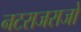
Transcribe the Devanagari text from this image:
नटराजराजो